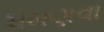
ધમણવા